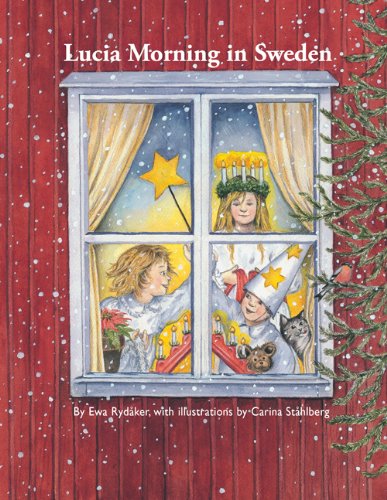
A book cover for Lucia Morning in Sweden; Ewa Rydaker; Children's Books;